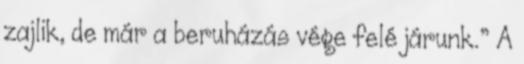
zajlik, de már a beruházás vége felé járunk.” A